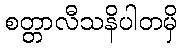
စတ္တာလီသနိပါတမှိ